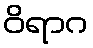
ဝိရာဂ